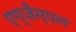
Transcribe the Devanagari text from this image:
एग्जैम्पल